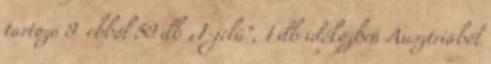
tartozó 9 ebből 59 db „T-jelű”, 1 db időközben Ausztriából